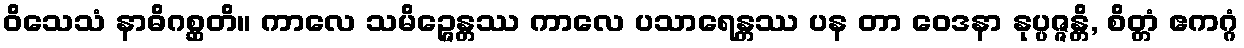
ဝိသေသံ နာဓိဂစ္ဆတိ။ ကာလေ သမိဉ္ဇေန္တဿ ကာလေ ပသာရေန္တဿ ပန တာ ဝေဒနာ နုပ္ပဇ္ဇန္တိ, စိတ္တံ ဧကဂ္ဂံ